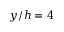
y / h = 4